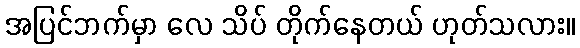
အပြင်ဘက်မှာ လေ သိပ် တိုက်နေတယ် ဟုတ်သလား။